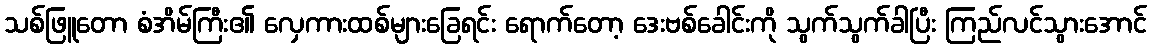
သစ်ဖြူတော စံအိမ်ကြီး၏ လှေကားထစ်များခြေရင်း ရောက်တော့ ဒေးဗစ်ခေါင်းကို သွက်သွက်ခါပြီး ကြည်လင်သွားအောင်